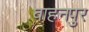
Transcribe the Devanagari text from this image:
वाहनपुर